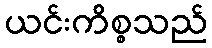
ယင်းကိစ္စသည်